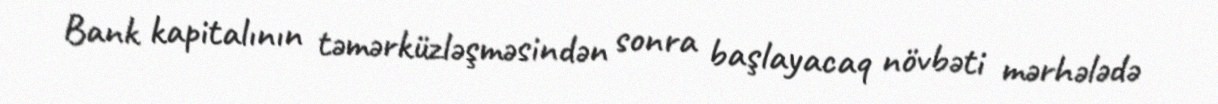
Bank kapitalının təmərküzləşməsindən sonra başlayacaq növbəti mərhələdə